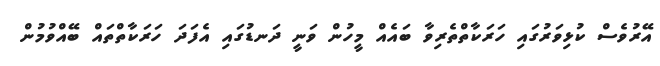
އޭރުވެސް ކުޅިވަރުގައި ހަރަކާތްތެރިވާ ބައެއް މީހުން ވަނީ ދަނޑުގައި އެފަދަ ހަރަކާތްތައް ބޭއްވުމުން